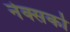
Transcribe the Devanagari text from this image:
नेक्सको